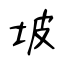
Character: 坡